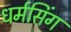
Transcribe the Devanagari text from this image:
धर्मसिंग